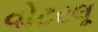
વોટરલૂ